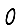
Digit: 0